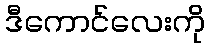
ဒီကောင်လေးကို